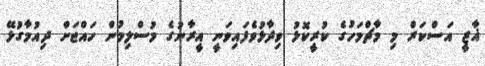
ޣާޒީ އަސްކަރް މި މާޗްމަހުގެ ކުރީކޮޅު ވިދާޅުވެފައިވަނީ އީރާނުގެ މުސްލިމުން ހައްޖަށް ދިއުމާގުޅޭ